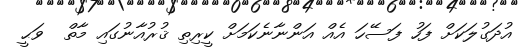
އުދަގުލަކަށް ފަހު ފަސޭހަ އެއް އަންނާނެކަމަށް ކީރިތި ޤުރުއާނުގައި މާތް  ވަޙީ